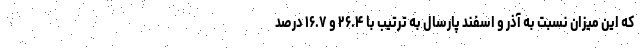
که این میزان نسبت به آذر و اسفند پارسال به ترتیب با ۲۶.۴ و ۱۶.۷ درصد